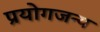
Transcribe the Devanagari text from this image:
प्रयोगजन्य